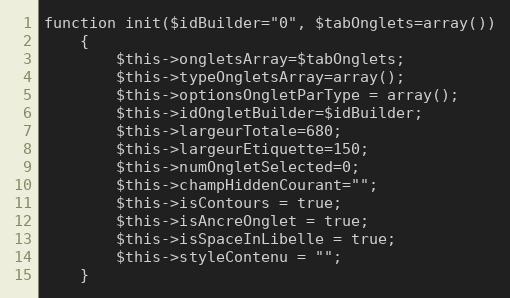
Language: PHP
function init($idBuilder="0", $tabOnglets=array())
    {
        $this->ongletsArray=$tabOnglets;
        $this->typeOngletsArray=array();
        $this->optionsOngletParType = array();
        $this->idOngletBuilder=$idBuilder;
        $this->largeurTotale=680;
        $this->largeurEtiquette=150;
        $this->numOngletSelected=0;
        $this->champHiddenCourant="";
        $this->isContours = true;
        $this->isAncreOnglet = true;
        $this->isSpaceInLibelle = true;
        $this->styleContenu = "";
    }